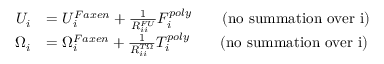
\begin{array} { r l } { U _ { i } } & { = U _ { i } ^ { F a x e n } + \frac { 1 } { R _ { i i } ^ { F U } } F _ { i } ^ { p o l y } \qquad \mathrm { ( n o ~ s u m m a t i o n ~ o v e r ~ i ) } } \\ { \Omega _ { i } } & { = \Omega _ { i } ^ { F a x e n } + \frac { 1 } { R _ { i i } ^ { T \Omega } } T _ { i } ^ { p o l y } \qquad \mathrm { ( n o ~ s u m m a t i o n ~ o v e r ~ i ) } } \end{array}